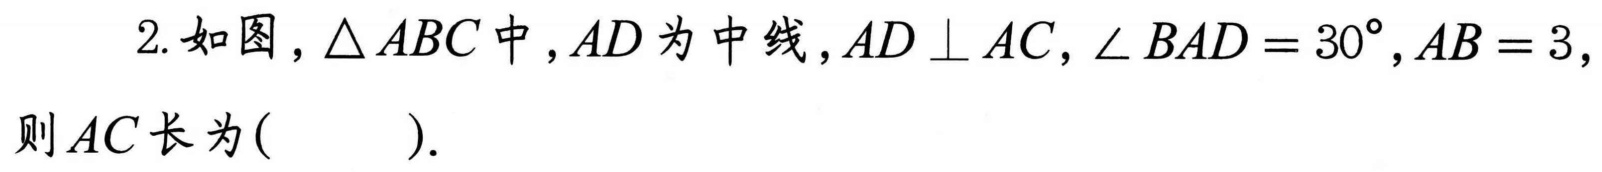
2. 如图，\(\triangle ABC\)中，\(AD\)为中线，\(AD\perp AC\)，\(\angle BAD = 30^{\circ}\)，\(AB = 3\)，则\(AC\)长为( ).